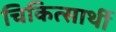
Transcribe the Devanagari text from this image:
चिकित्सार्थी